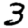
Digit: 3